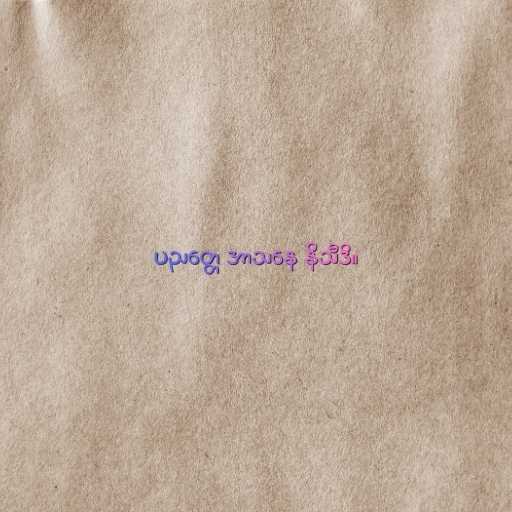
ပညတ္တေ အာသနေ နိသီဒိ။